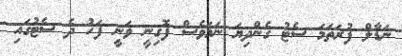
ނަޑާލް ފުރަތަމަ ސެޓު ގެންދިޔަ ނަމަވެސް ފޮގިނީ ވަނީ ފަހު ދެ ސެޓުގައި